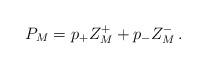
LaTeX: \begin{align*}P_M= p_+ Z_M^+ +p_- Z_M^-\,.\end{align*}